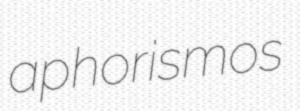
aphorismos